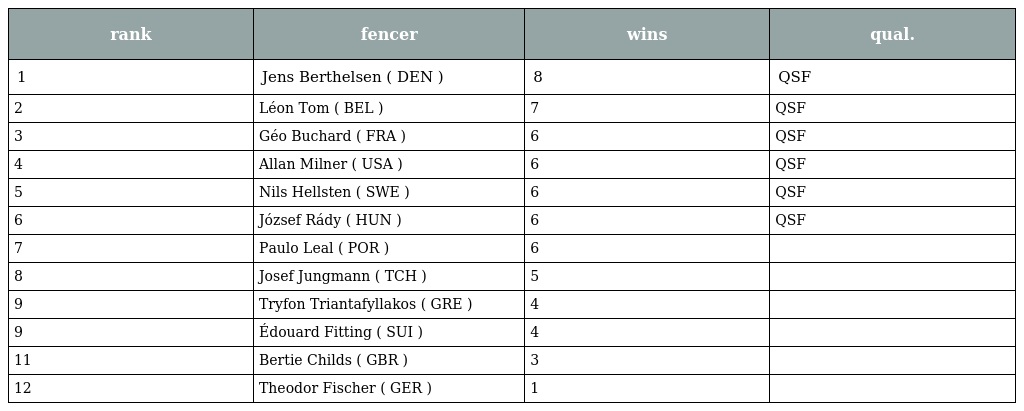
| rank | fencer | wins | qual. |
 | --- | --- | --- | --- |
 | 1 | Jens Berthelsen ( DEN ) | 8 | QSF |
 | 2 | Léon Tom ( BEL ) | 7 | QSF |
 | 3 | Géo Buchard ( FRA ) | 6 | QSF |
 | 4 | Allan Milner ( USA ) | 6 | QSF |
 | 5 | Nils Hellsten ( SWE ) | 6 | QSF |
 | 6 | József Rády ( HUN ) | 6 | QSF |
 | 7 | Paulo Leal ( POR ) | 6 |  |
 | 8 | Josef Jungmann ( TCH ) | 5 |  |
 | 9 | Tryfon Triantafyllakos ( GRE ) | 4 |  |
 | 9 | Édouard Fitting ( SUI ) | 4 |  |
 | 11 | Bertie Childs ( GBR ) | 3 |  |
 | 12 | Theodor Fischer ( GER ) | 1 |  |